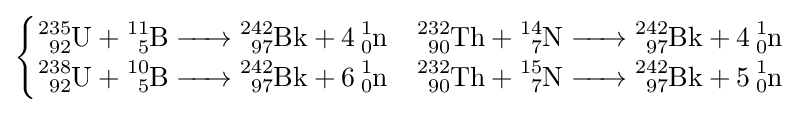
{\begin{cases}{\ce {^{235}_{92}U + ^{11}_{5}B -> ^{242}_{97}Bk + 4^{1}_{0}n}}&{\ce {^{232}_{90}Th + ^{14}_{7}N -> ^{242}_{97}Bk + 4^{1}_{0}n}}\\{\ce {^{238}_{92}U + ^{10}_{5}B -> ^{242}_{97}Bk + 6^{1}_{0}n}}&{\ce {^{232}_{90}Th + ^{15}_{7}N -> ^{242}_{97}Bk + 5^{1}_{0}n}}\end{cases}}